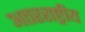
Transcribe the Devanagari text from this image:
अतरराष्ट्रीय